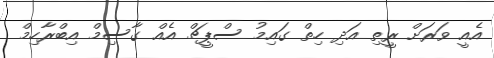
އެއީ ވަރަށް ރީތި އަދި ހިތް ގައިމު ސްޕީޗް އެއް ގާސިމް އިބްރާހިމް